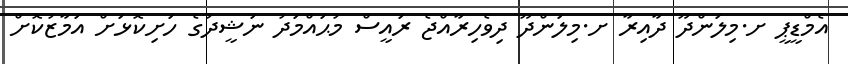
އެމްޑީޕީ ށ.މިލަންދޫ ދާއިރާ ށ.މިލަންދޫ ދިވެހިރާއްޖެ ރައީސް މުޙައްމަދު ނަޝީދުގެ ހަށިކޮޅަށް އަމާޒުކޮށް